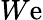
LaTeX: W\mathrm{e}